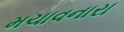
મચાવનારા